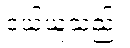
ဝယ်ယူသည်။